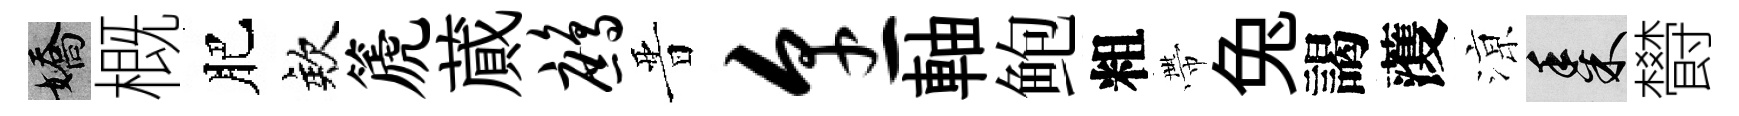
嬌概肥欸篪蕆鹧晋烹軸鲍粗帶兔謁𮑮鿌黍欎